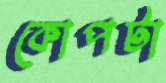
কোপটা